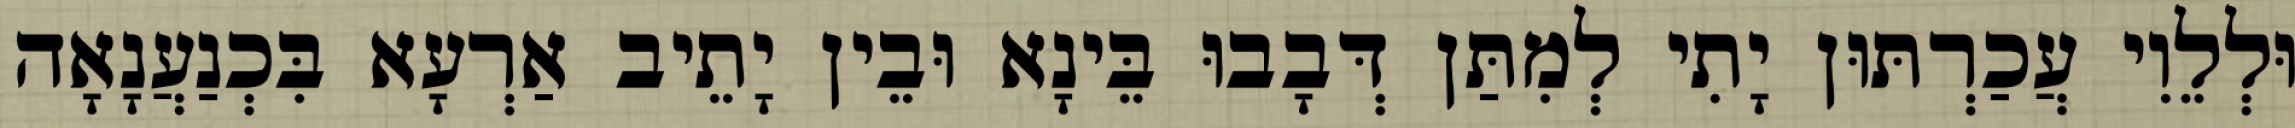
וּלְלֵוִי עֲכַרְתּוּן יָתִי לְמִתַּן דְּבָבוּ בֵּינָא וּבֵין יָתֵיב אַרְעָא בִּכְנַעֲנָאָה